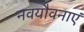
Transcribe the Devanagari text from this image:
नवयौवनाएं